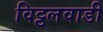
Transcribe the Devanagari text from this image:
विट्ठलवाडी